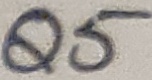
Text: Q5